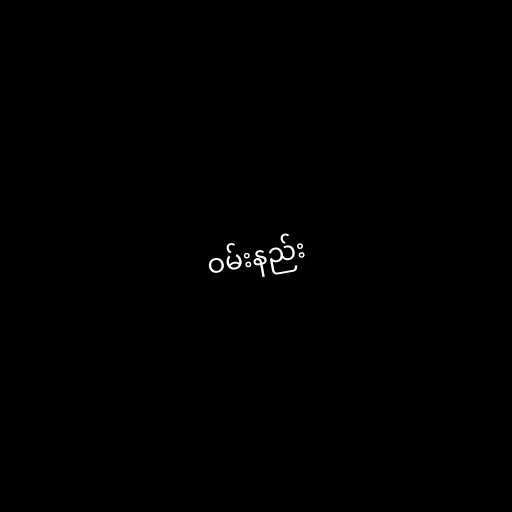
ဝမ်းနည်း